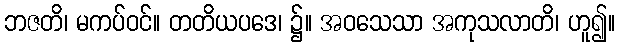
ဘဇတိ၊ မကပ်ဝင်။ တတိယပဒေ၊ ၌။ အဝသေသာ အကုသလာတိ၊ ဟူ၍။